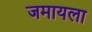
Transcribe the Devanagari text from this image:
जमायला